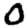
Digit: 0